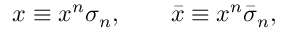
x \equiv x ^ { n } \sigma _ { n } , \qquad \bar { x } \equiv x ^ { n } \bar { \sigma } _ { n } ,